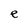
Character: e